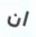
ان